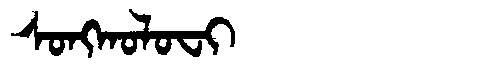
Manchu: ᠰᠣᠩᡴᠣᠯᠣᠸᡳ
Romanization: SONGKOLOFI